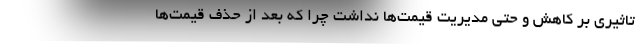
تاثیری بر کاهش و حتی مدیریت قیمت‌ها نداشت چرا که بعد از حذف قیمت‌ها